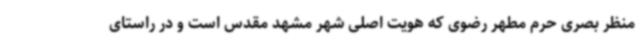
منظر بصری حرم مطهر رضوی که هویت اصلی شهر مشهد مقدس است و در راستای